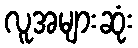
လူအများဆုံး